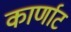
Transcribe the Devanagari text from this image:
कार्णाट